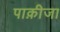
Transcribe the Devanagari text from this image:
पाक़ीजा